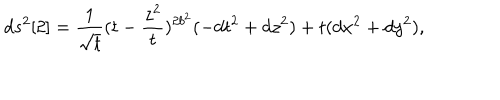
d s ^ { 2 } [ 2 ] = \frac { 1 } { { \sqrt t } } ( t - \frac { z ^ { 2 } } { t } ) ^ { 2 b ^ { 2 } } ( - d t ^ { 2 } + d z ^ { 2 } ) + t ( d x ^ { 2 } + d y ^ { 2 } ) ,